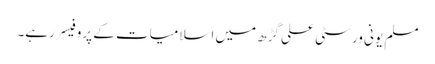
مسلم یونی ورسٹی علی گڑھ میں اسلامیات کے پروفیسر رہے۔